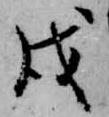
戌